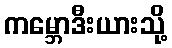
ကမ္ဘောဒီးယားသို့